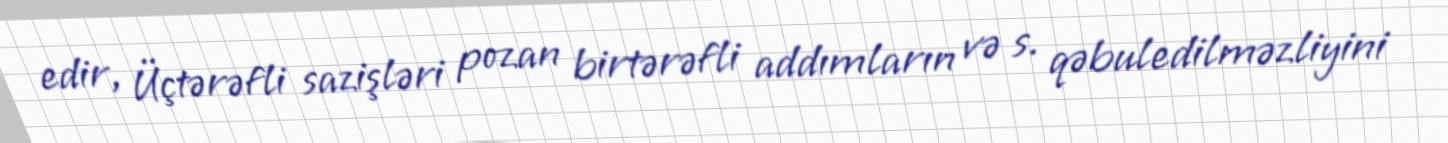
edir, Üçtərəfli sazişləri pozan birtərəfli addımların və s. qəbuledilməzliyini